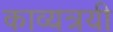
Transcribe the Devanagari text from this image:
काव्यत्रयी